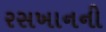
રસખાનની